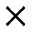
\boldsymbol { \times }